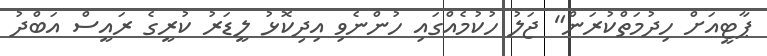
ޕާޓީއަށް ހިދުމަތްކުރަން" ޖަލު ހުކުމެއްގައި ހުންނެވި އިދިކޮޅު ލީޑަރު ކުރީގެ ރައީސް އަބްދު